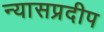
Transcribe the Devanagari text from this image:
न्यासप्रदीप